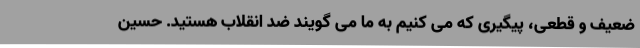
ضعیف و قطعی، پیگیری که می کنیم به ما می گویند ضد انقلاب هستید. حسین